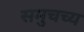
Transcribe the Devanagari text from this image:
समुचच्य